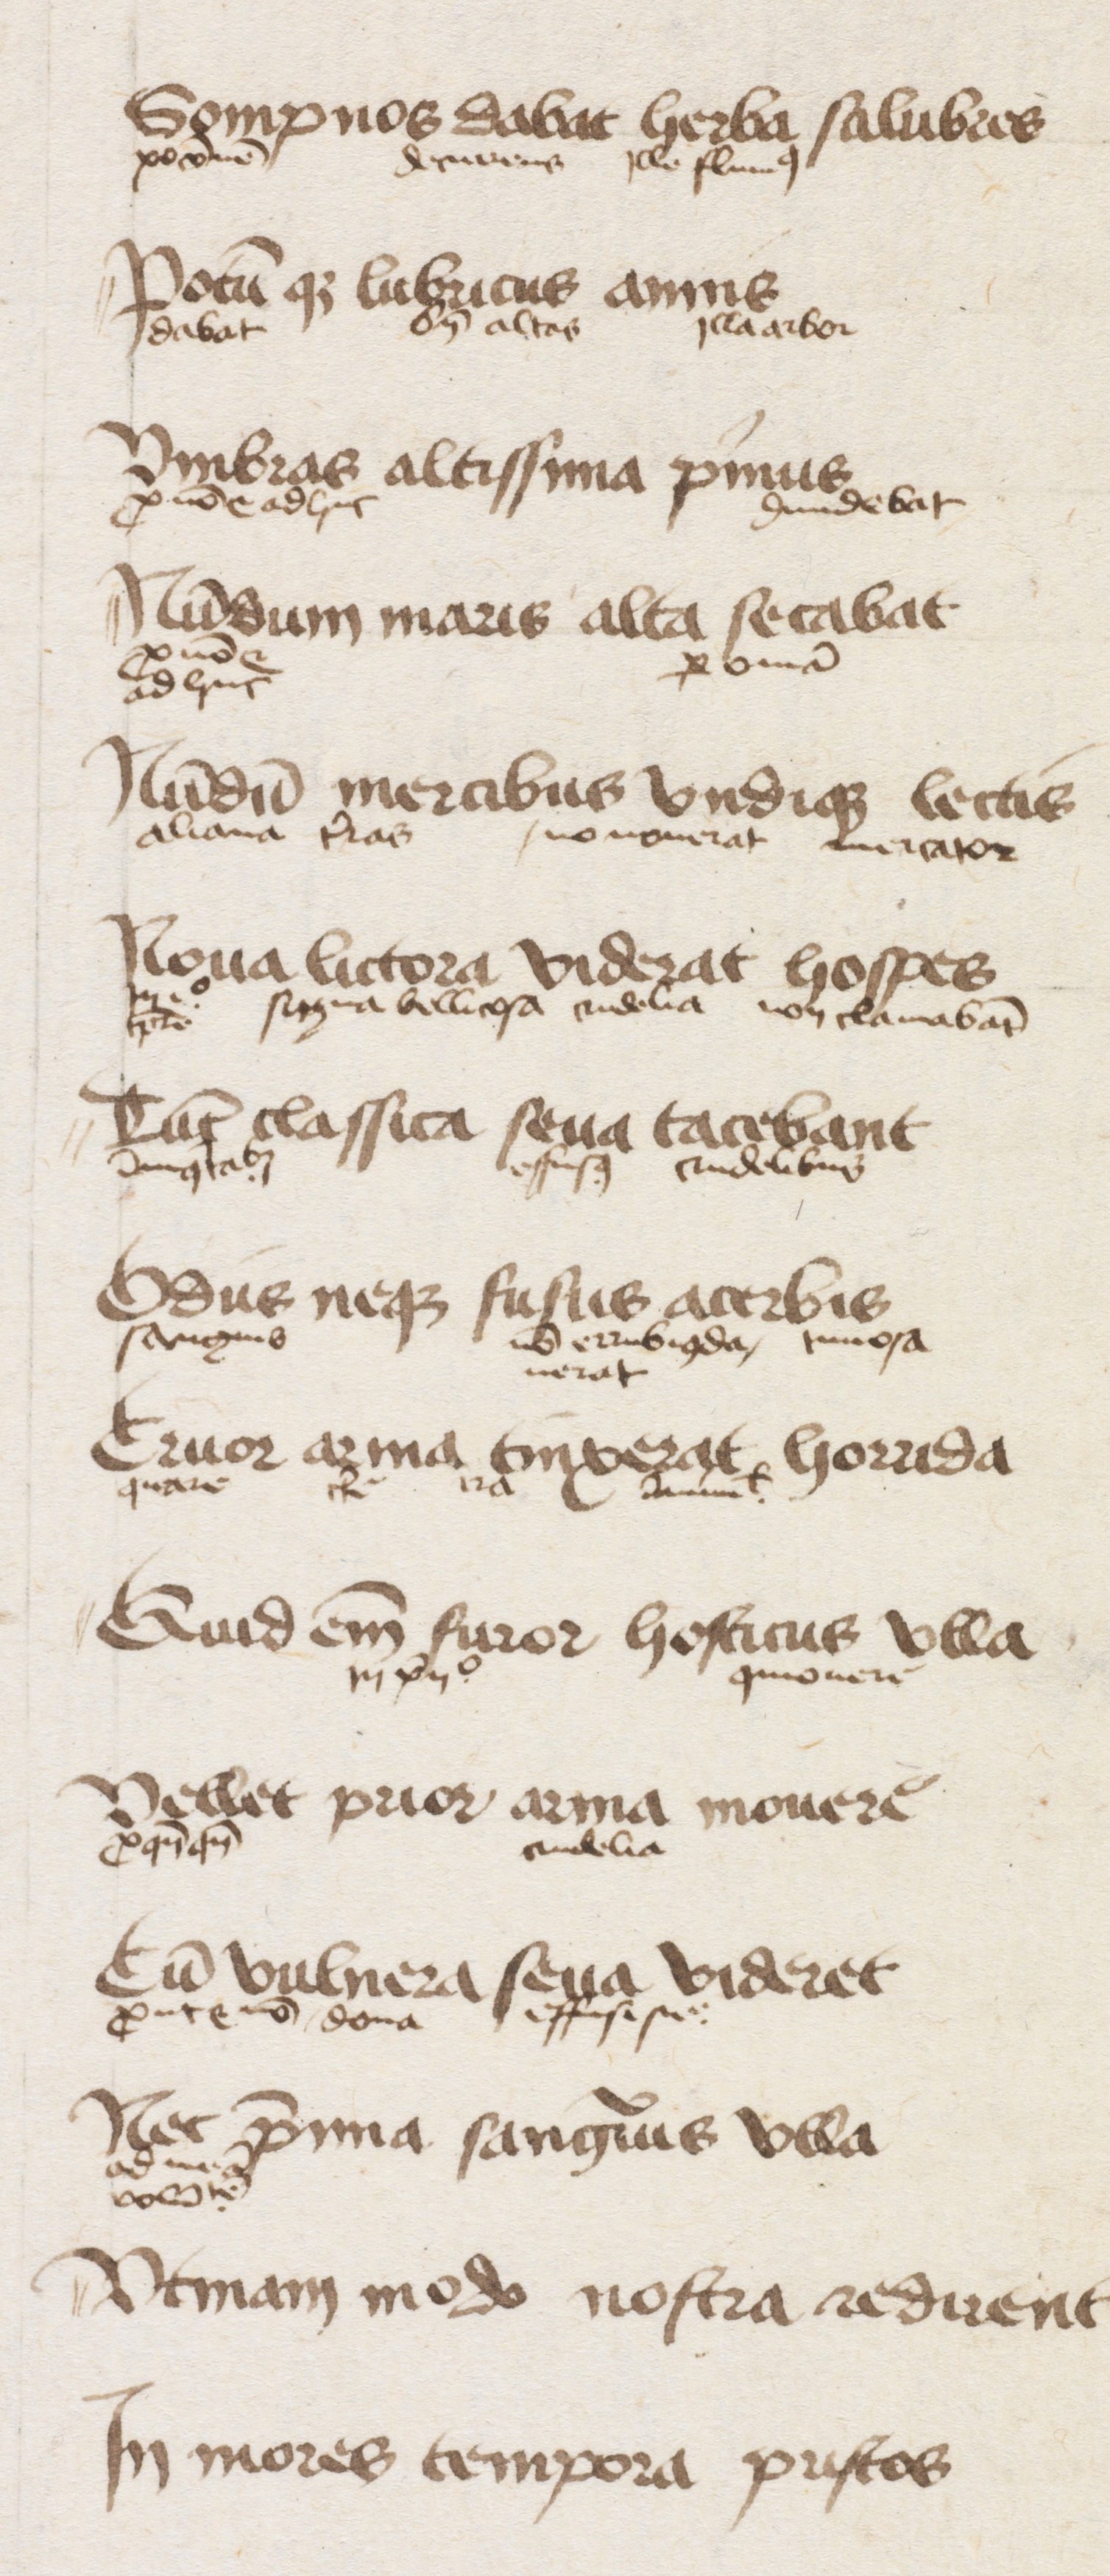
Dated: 1447–1447